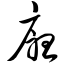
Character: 厅